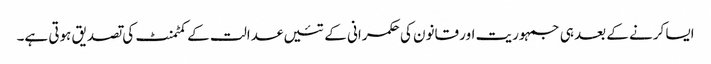
ایسا کرنے کے بعد ہی جمہوریت اور قانون کی حکمرانی کے تئیں عدالت کے کمٹمنٹ کی تصدیق ہوتی ہے۔